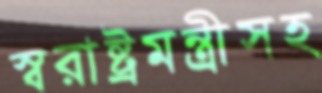
স্বরাষ্ট্রমন্ত্রীসহ